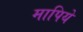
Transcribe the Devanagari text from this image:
मापिये